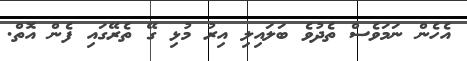
އެހެން ނަމަވެސް ތެދުވެ ބަލައިލި އިރު މުޅި ގޭ ތެރޭގައި ފެން އޮތް.